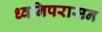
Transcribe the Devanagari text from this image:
ध्वनिपरासन